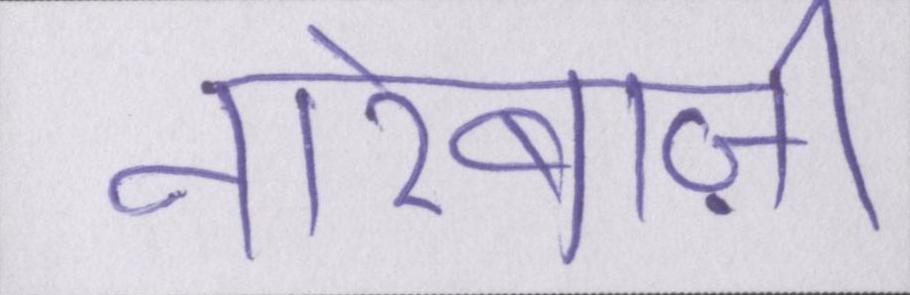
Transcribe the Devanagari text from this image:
नारेबाज़ी